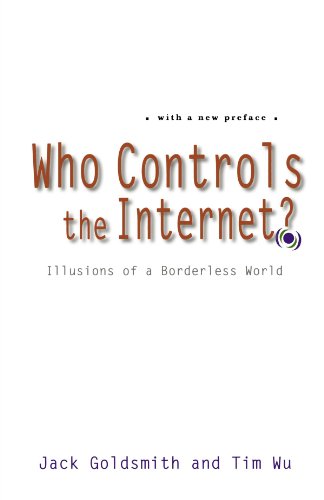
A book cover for Who Controls the Internet?: Illusions of a Borderless World; Jack Goldsmith; Law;